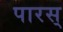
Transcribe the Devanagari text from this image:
पारस्